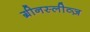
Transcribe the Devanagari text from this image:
ग्रीनस्लीव्ज़